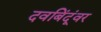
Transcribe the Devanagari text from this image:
दवबिंदूंवर